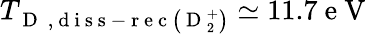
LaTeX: T_{\mathrm{~D~}\mathrm{~,~d~i~s~s~-~r~e~c~}\left(\mathrm{~D~}_{2}^{+}\right)}\simeq 11.7\mathrm{~e~V~}